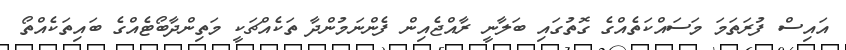
އައިސް ފުރަތަމަ މަސައްކަތެއްގެ ގޮތުގައި ބަލާނީ ރާއްޖެއިން ފެންނަމުންދާ ތަކެއްޗަކީ މަތިންދާބޯޓެއްގެ ބައިތަކެއްތޯ